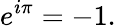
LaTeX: e^{i\pi}=-1.